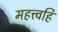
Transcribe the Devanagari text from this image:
महत्त्वहि